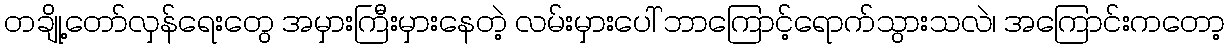
တချို့တော်လှန်ရေးတွေ အမှားကြီးမှားနေတဲ့ လမ်းမှားပေါ် ဘာကြောင့်ရောက်သွားသလဲ၊ အကြောင်းကတော့